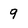
Character: 9